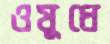
ওষুধে